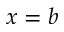
x = b